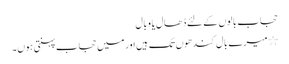
حجاب بالوں کے لئے ڈھال یا وبال
٭میرے بال کندھوں تک ہیں اور میں حجاب پہنتی ہوں۔